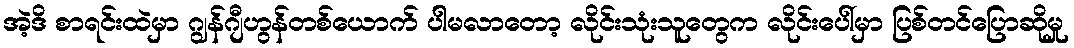
အဲ့ဒိ စာရင်းထဲမှာ ဂျွန်ဂျီဟွန်တစ်ယောက် ပါမလာတော့ လိုင်းသုံးသူတွေက လိုင်းပေါ်မှာ ပြစ်တင်ပြောဆိုမှု